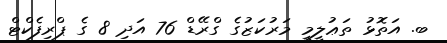
ބ. އަތޮޅު ތަޢުލީމީ މަރުކަޒުގެ ގްރޭޑް 76 އަދި 8 ގެ ޕްރިފެކްޓް